Kominterni_Eesti_sektsioon_Moskvas, lk 25
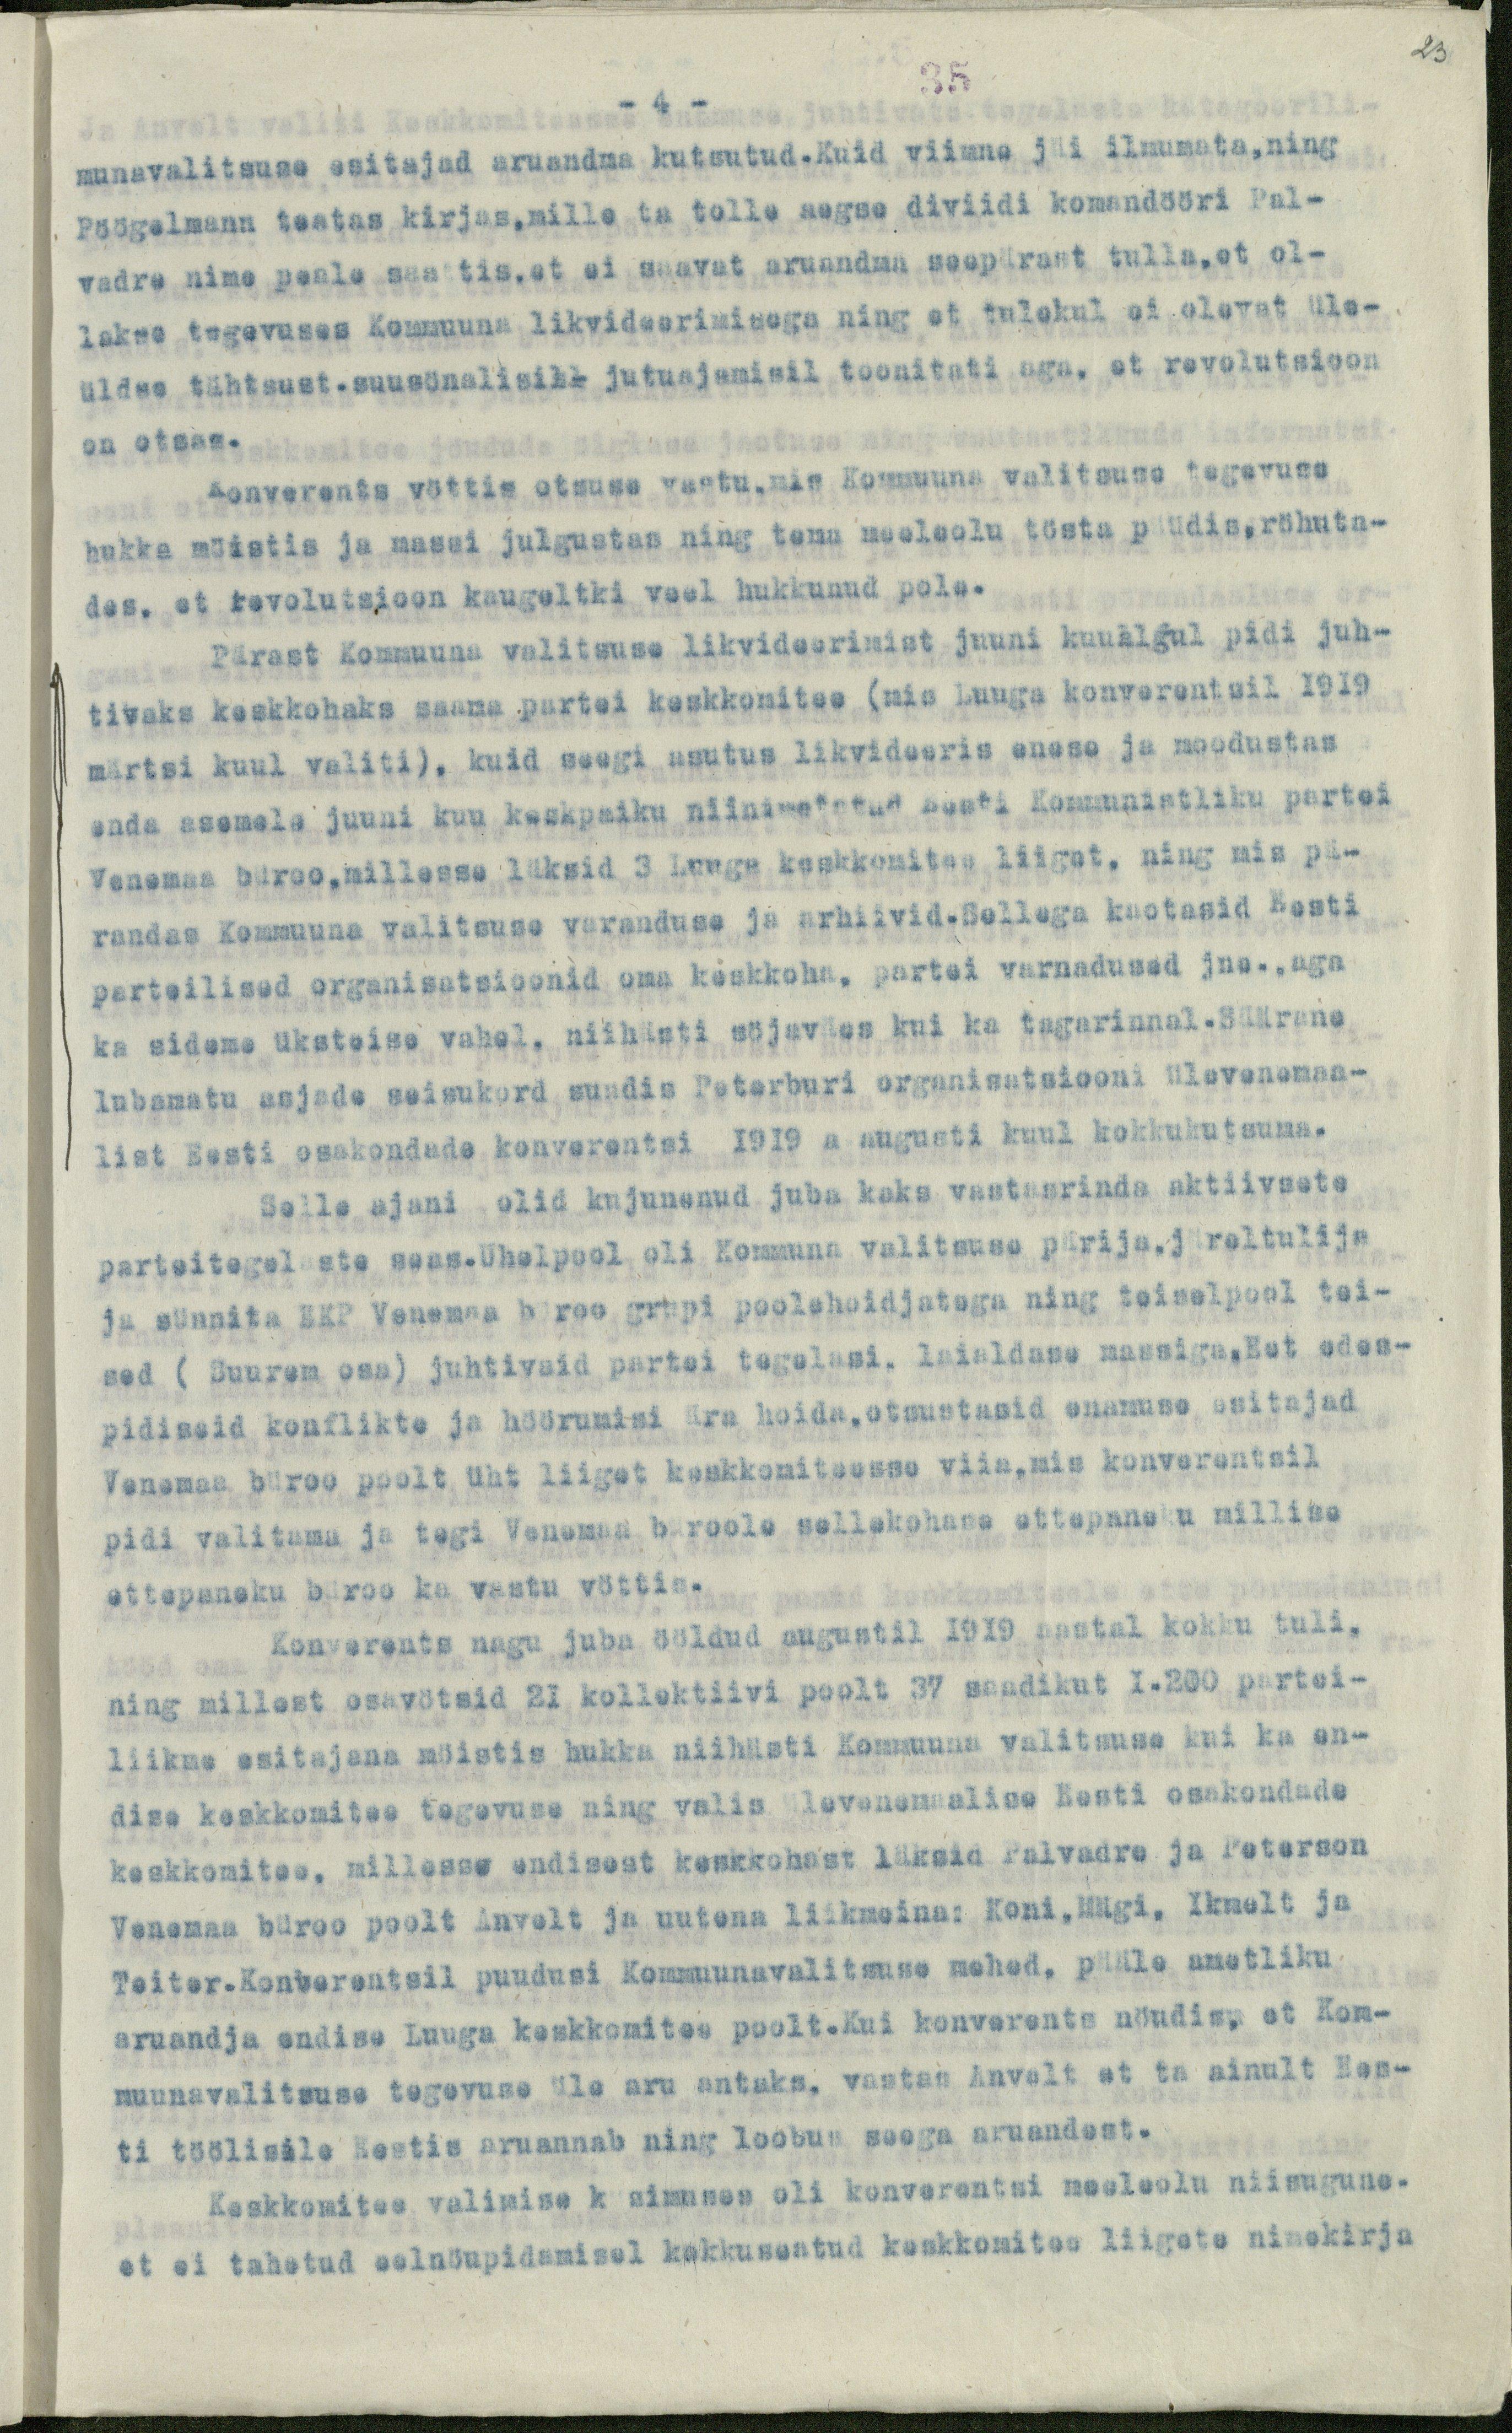
23

- 4 -
35
munavalitsuse esitajad aruandma kutsutud.Kuid viimne jäi ilmumata,ning
Pöögelmann teatas kirjas,mille ta tolle aegse diviidi komandööri Pal-
vadre nime peale saatis,et ei saavat aruandma seepärast tulla, et ol-
lakse tegevuses Kommuuna likvideerimisega ning et tulekul ei olevat üle-
üldse tähtsust.suusönalisill jutuajamisil toonitati aga, et revolutsioon
on otsas.
Konverents vöttis otsuse vastu,mis Kommuuna valitsuse tegevuse
hukka möistis ja massi julgustas ning tema meeleolu tösta püüdis, röhuta-
des, et revolutsioon kaugeltki veel hukkunud pole.
Pärast Kommuuna valitsuse likvideerimist juuni kuualgul pidi juh-
tivaks keskkohaks saama partei keskkomitee (mis Luuga konverentsil 1919
märtsi kuul valiti), kuid seegi asutus likvideeris enese ja moodustas
enda asemele juuni kuu keskpaiku niinimetatud Eesti Kommunistliku partei
Venemaa büroo, millesse läksid 3 Luuga keskkomitee liiget, ning mis pä-
randas Kommuuna valitsuse varanduse ja arhiivid. Sellega kaotasid Eesti
parteilised organisatsioonid oma keskkoha, partei varnadused jne., aga
ka sideme üksteise vahel, niihästi söjaväes kui ka tagarinnal.Säärane
lubamatu asjade seisukord sundis Peterburi organisatsiooni ülevenemaa-
list Eesti osakondade konverentsi 1919 a. augusti kuul kokkukutsuma.
Selle ajani olid kujunenud juba kaks vastasrinda aktiivsete
parteitegelaste seas. Ühelpool oli Kommuna valitsuse pärija,järeltulija
ja sünnita EKP Venemaa büroo grupi poolehoidjatega ning teiselpool tei-
sed ( Suurem osa) juhtivaid partei tegelasi, laialdase massiga,Eet edes-
pidiseid konflikte ja höörumisi ära hoida, otsustasid enamuse esitajad
Venemaa büroo poolt üht liiget keskkomiteesse viia, mis konverentsil
pidi valitama ja tegi Venemaa büroole sellekohase ettepaneku millise
ettepaneku büroo ka vastu vöttis.
Konverents nagu juba ööldud augustil 1919 aastal kokku tuli,
ning millest osavötsid 21 kollektiivi poolt 37 saadikut 1.260 partei-
liikme esitajana möistis hukka niihästi Kommuuna valitsuse kui ka en-
dise keskkomitee tegevuse ning valis ülevenemaalise Eesti osakondade
keskkomitee, millesse endisest keskkohast läksid Palvadre ja Peterson
Venemaa büroo poolt Anvelt ja uutena liikmeina: Koni, Mägi, Ikmelt ja
Teiter.Konverentsil puudusi Kommuunavalitsuse mehed, pääle ametliku
aruandja endise Luuga keskkomitee poolt.Kui konverens nöudis, et Kom-
muunavalitsuse tegevuse üle aru antaks, vastas Anvelt et ta ainult Ees-
ti töölisile Eestis aruannab ning loobus seega aruandest.
Keskkomitee valimise küsimuses oli konverentsi meeleolu niisugune.
et ei tahetud eelnöupidamisel kokkuseatud keskkomitee liigete nimekirja